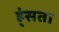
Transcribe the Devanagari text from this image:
ह्ंसता